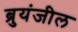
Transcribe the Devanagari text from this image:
ब्रुयंजील